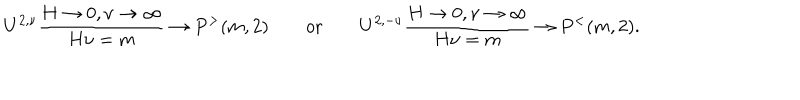
LaTeX: U ^ { 2 , \nu } { \frac { H \rightarrow 0 , \nu \rightarrow \infty } { H \nu = m } } \rightarrow P ^ { > } ( m , 2 ) \qquad \mathrm { o r } \qquad U ^ { 2 , - \nu } { \frac { H \rightarrow 0 , \nu \rightarrow \infty } { H \nu = m } } \rightarrow P ^ { < } ( m , 2 ) .